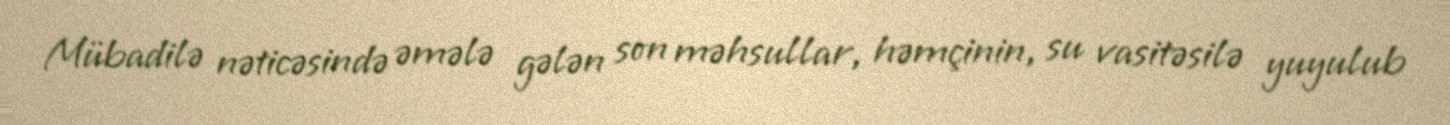
Mübadilə nəticəsində əmələ gələn son məhsullar, həmçinin, su vasitəsilə yuyulub